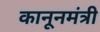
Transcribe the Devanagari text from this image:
कानूनमंत्री